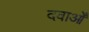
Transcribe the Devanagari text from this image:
दवाओँ